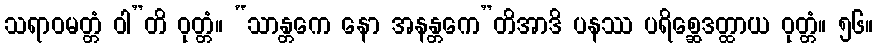
သရာဝမတ္တံ ဝါ”တိ ဝုတ္တံ။ “သာန္တကေ နော အနန္တကေ”တိအာဒိ ပနဿ ပရိစ္ဆေဒတ္ထာယ ဝုတ္တံ။ ၅၆။